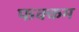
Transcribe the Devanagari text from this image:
फक्कम